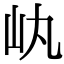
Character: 𡴿